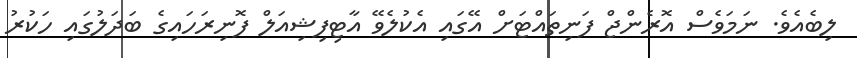
ލިބެއެވެ. ނަމަވެސް އޮރެންޖް ފަނިތައްޓަށް އޭގައި އެކުލެވޭ އާޓިފިޝިއަލް ފޮނިރަހައިގެ ބަދަލުގައި ހަކުރު